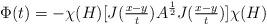
LaTeX: \begin{align*} \Phi(t)=-\chi(H)[J(\tfrac{x-y}{t})A^{\frac{1}{2}}J(\tfrac{x-y}{t})]\chi(H) \end{align*}